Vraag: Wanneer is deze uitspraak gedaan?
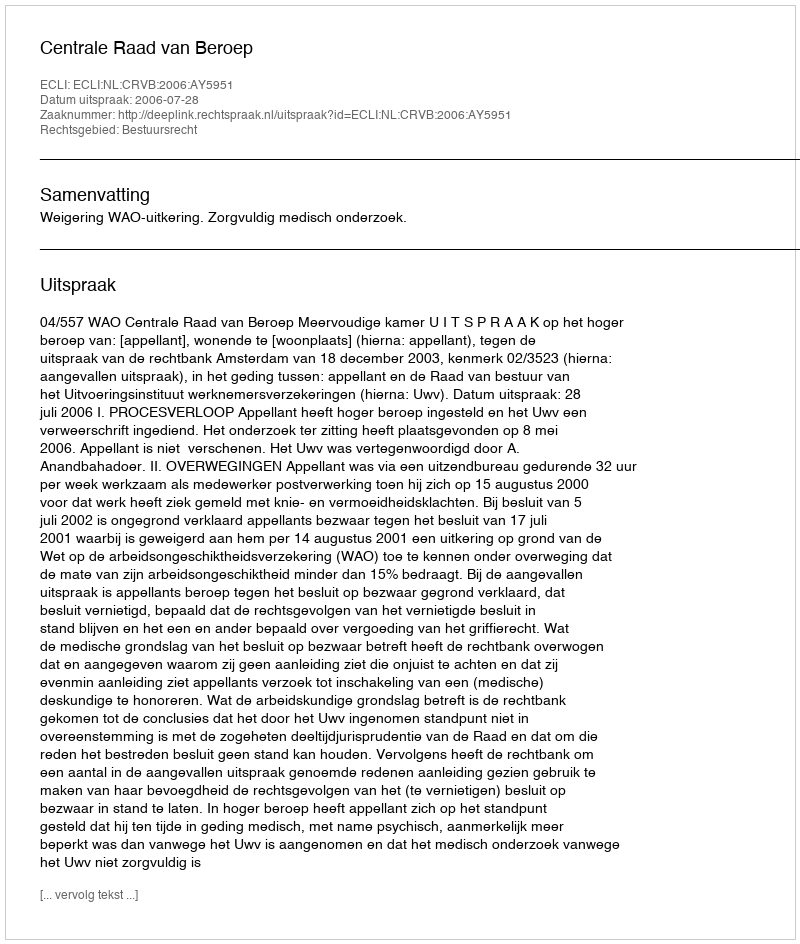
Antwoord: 2006-07-28